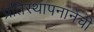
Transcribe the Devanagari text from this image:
प्रतिस्थापनानेची